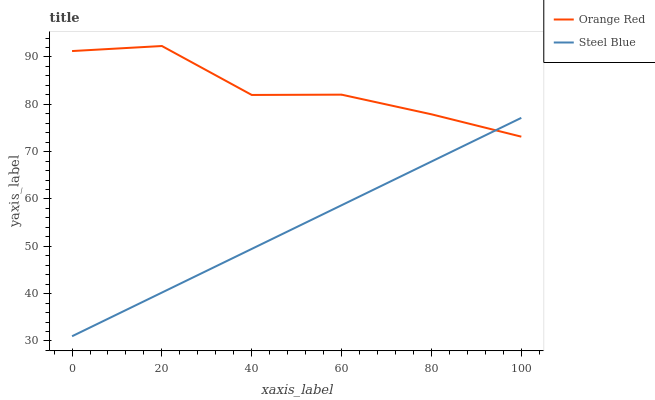
| xaxis_label | Orange Red | Steel Blue |
 | --- | --- | --- |
 | 0 | 91.3 | 31 |
 | 20 | 92.3 | 40.2 |
 | 40 | 82 | 49.5 |
 | 60 | 82 | 58.7 |
 | 80 | 77.9 | 67.9 |
 | 100 | 73.2 | 77.1 |